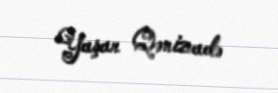
Yaşar Qənizadə